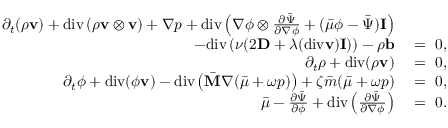
\begin{array} { r l } { \partial _ { t } ( \rho \mathbf { v } ) + \mathrm { d i v } \left( \rho \mathbf { v } \otimes \mathbf { v } \right) + \nabla p + \mathrm { d i v } \left( \nabla \phi \otimes \frac { \partial \bar { \Psi } } { \partial \nabla \phi } + ( \bar { \mu } \phi - \bar { \Psi } ) \mathbf { I } \right) } & { { } } \\ { - \mathrm { d i v } \left( \nu ( 2 \mathbf { D } + \lambda ( \mathrm { d i v } \mathbf { v } ) \mathbf { I } ) \right) - \rho \mathbf { b } } & { { } = ~ 0 , } \\ { \partial _ { t } \rho + \mathrm { d i v } ( \rho \mathbf { v } ) } & { { } = ~ 0 , } \\ { \partial _ { t } \phi + \mathrm { d i v } ( \phi \mathbf { v } ) - \mathrm { d i v } \left( \bar { \mathbf { M } } \nabla ( \bar { \mu } + \omega p ) \right) + \zeta \bar { m } ( \bar { \mu } + \omega p ) } & { { } = ~ 0 , } \\ { \bar { \mu } - \frac { \partial \bar { \Psi } } { \partial \phi } + \mathrm { d i v } \left( \frac { \partial \bar { \Psi } } { \partial \nabla \phi } \right) } & { { } = ~ 0 . } \end{array}